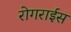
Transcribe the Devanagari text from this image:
रोगराईस